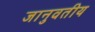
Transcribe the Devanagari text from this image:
जानुवतीय